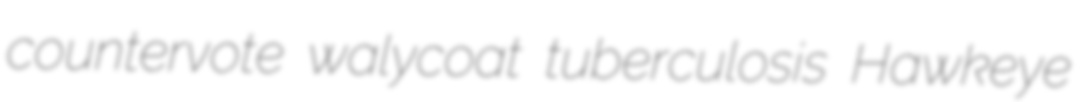
countervote walycoat tuberculosis Hawkeye